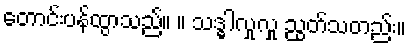
တောင်းပန်ထွာသည်။ ။ သဒ္ဓါလှုလှု ညွတ်သတည်း။